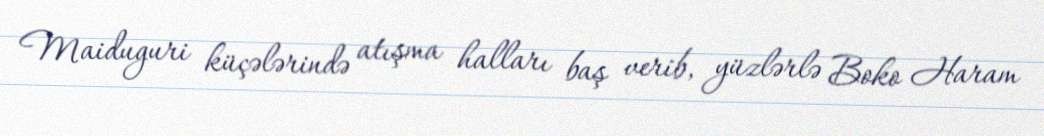
Maiduguri küçələrində atışma halları baş verib, yüzlərlə Boko Haram